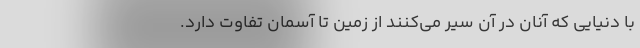
با دنیایی که آنان در آن سِیر می‌کنند از زمین تا آسمان تفاوت دارد.